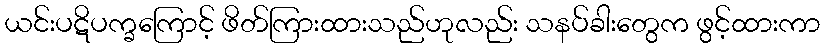
ယင်းပဋိပက္ခကြောင့် ဖိတ်ကြားထားသည်ဟုလည်း သနပ်ခါးတွေက ဖွင့်ထားကာ